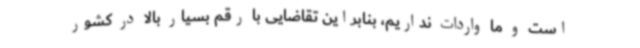
است و ما واردات نداریم، بنابراین تقاضایی با رقم بسیار بالا در کشور